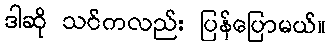
ဒါဆို သင်ကလည်း ပြန်ပြောမယ်။